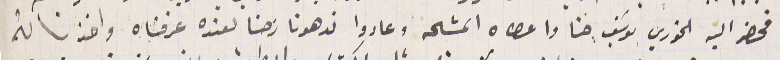
فحضر اليه الخوري يوسَف حنا واعطاه المشحه وعادوا ندهونا رحنا لعنده عرفناه واخذنا لهُ